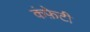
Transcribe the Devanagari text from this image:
कंफ़ेटी